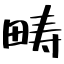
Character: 畴